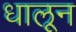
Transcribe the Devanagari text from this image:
धालून